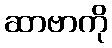
ဆာဗာကို